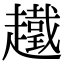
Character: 䟈